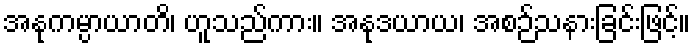
အနုကမ္ပာယာတိ၊ ဟူသည်ကား။ အနုဒယာယ၊ အစဉ်သနားခြင်းဖြင့်။